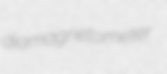
diamagnetometer